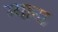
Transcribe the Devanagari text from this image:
ग्याना